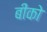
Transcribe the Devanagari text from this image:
बीको